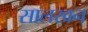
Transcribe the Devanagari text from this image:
सालखन